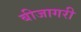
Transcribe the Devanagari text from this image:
बीजागरी